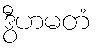
ဒွီဟမတံ